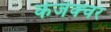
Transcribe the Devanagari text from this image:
कंजेक्चर